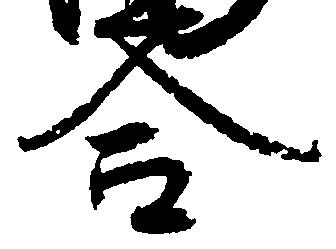
合